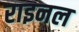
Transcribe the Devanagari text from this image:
राइनल